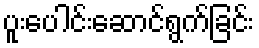
ပူးပေါင်းဆောင်ရွက်ခြင်း